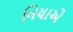
નિયાએ